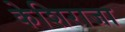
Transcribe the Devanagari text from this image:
केशिराजा